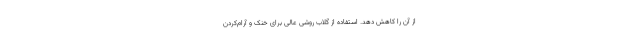
از آن را کاهش دهد. استفاده از گلاب روشی عالی برای خنک و آرام‌کردن